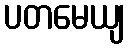
ပတမေယျ